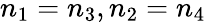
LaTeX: n_{1}=n_{3},n_{2}=n_{4}